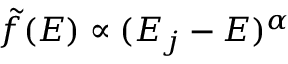
\tilde { f } ( { \cal E } ) \propto ( { \cal E } _ { j } - { \cal E } ) ^ { \alpha }